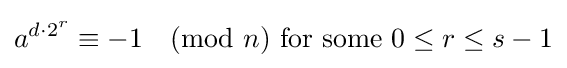
a^{d\cdot 2^{r}}\equiv -1{\pmod {n}}{\text{ for some }}0\leq r\leq s-1